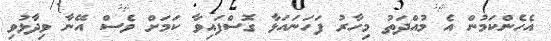
އެހެންކަމުން އެ މުއްދަތު މިހާރު ފަހަނައަޅާ ގޮސްފައިވާ ކަމަށް ވެސް އޭނާ ވިދާޅުވި